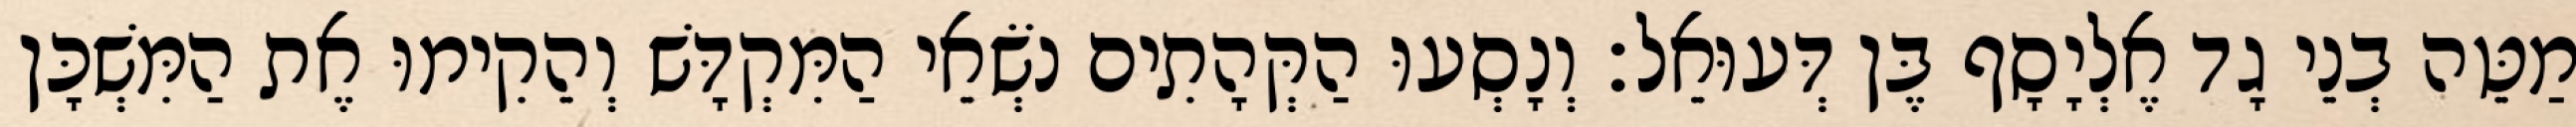
מַטֵּה בְנֵי גָד אֶלְיָסָף בֶּן דְּעוּאֵל׃ וְנָסְעוּ הַקְּהָתִים נֹשְׂאֵי הַמִּקְדָּשׁ וְהֵקִימוּ אֶת הַמִּשְׁכָּן